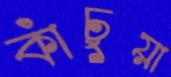
কাঁচুয়া